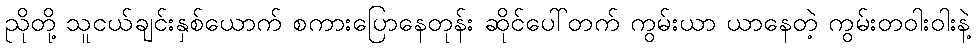
ညိုတို့ သူငယ်ချင်းနှစ်ယောက် စကားပြောနေတုန်း ဆိုင်ပေါ်တက် ကွမ်းယာ ယာနေတဲ့ ကွမ်းတဝါးဝါးနဲ့